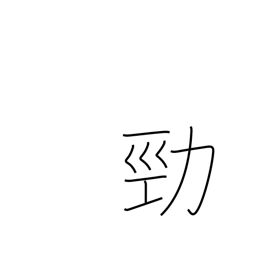
Meaning: strong